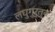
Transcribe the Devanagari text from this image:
लघुगुरुत्व